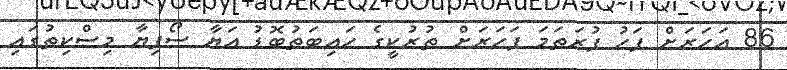
86 އަހަރަށް ފަހު ފުރަތަމަ ފަހަރަށް ތުރުކީގެ ހައިބަތުބޮޑު އަޔާ ސޯފިޔާ މިސްކިތުގައި